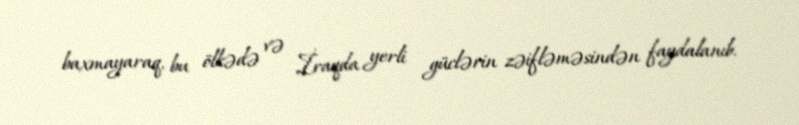
baxmayaraq, bu ölkədə və İraqda yerli güclərin zəifləməsindən faydalanıb.